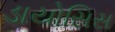
ડાયોસિસ